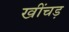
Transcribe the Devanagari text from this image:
खींचड़